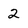
Character: 2